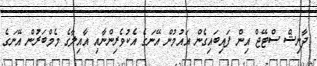
ދާނިޝް ސްޓޭޖް އިން ފައިބައިގެން އައުމުން އޭނަގެ އެކުވެރިންނާއި އާއިލާގެ މެމްބަރުން އޭނަގެ